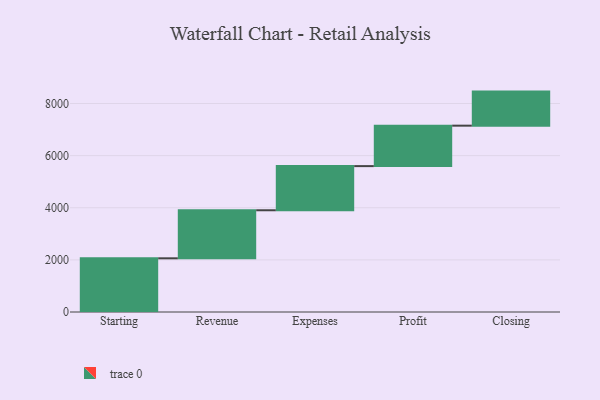
{"axis": {"x": "Step", "y": "Value"}, "legend": [""], "data": [{"x": "Starting", "y": 2060.0, "type": ""}, {"x": "Revenue", "y": 1844.0, "type": ""}, {"x": "Expenses", "y": 1694.0, "type": ""}, {"x": "Profit", "y": 1552.0, "type": ""}, {"x": "Closing", "y": 1307.0, "type": ""}]}